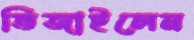
ভিজাইলেন